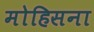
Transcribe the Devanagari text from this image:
मोहिसना